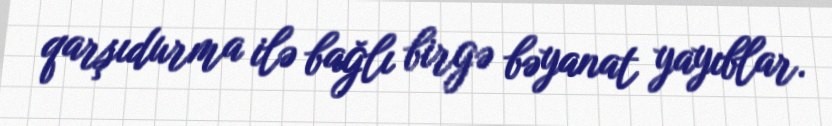
qarşıdurma ilə bağlı birgə bəyanat yayıblar.